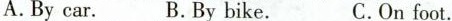
A.By car. B.By bike. C.On foot.